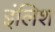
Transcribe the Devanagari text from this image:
इंलिश